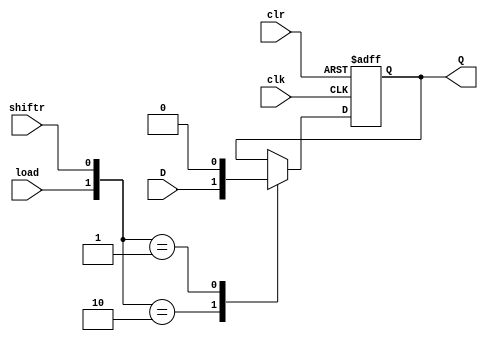
module shift_reg_si
	#(parameter N=1)
	(
		input wire clk, clr,
		input wire load,
		input wire shiftr,
		input wire [N-1:0] D,
		output wire [N-1:0] Q
	);
	
	//signal declaration
	reg [N-1:0] r_reg, r_next;
	
	initial begin r_reg=0; end
	//register
	always @(posedge clk, posedge clr)
		if (clr)
			r_reg <=0;
		else
			r_reg <= r_next;
	
	//next-state logic
	always @*
		case({load,shiftr})
			2'b10: r_next = D; //load
			2'b01: r_next = 1'b0; //shift right 
			default: r_next = r_reg; //no op
		endcase
	
	//output logic
	assign Q = r_reg;
	
endmodule